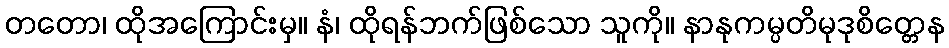
တတော၊ ထိုအကြောင်းမှ။ နံ၊ ထိုရန်ဘက်ဖြစ်သော သူကို။ နာနုကမ္ပတိမုဒုစိတ္တေန